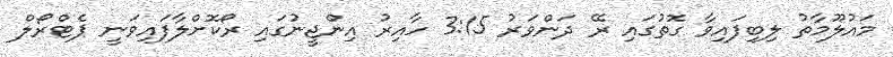
މައުލޫމާތު ލިބިފައިވާ ގޮތުގައި ރޭ ދަންވަރު 3:15 ހާއިރު އިންޖީނުގައި ރޯކޮށްލާފައިވަނީ ޕެޓްރޯލް